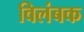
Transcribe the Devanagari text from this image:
विलंबक